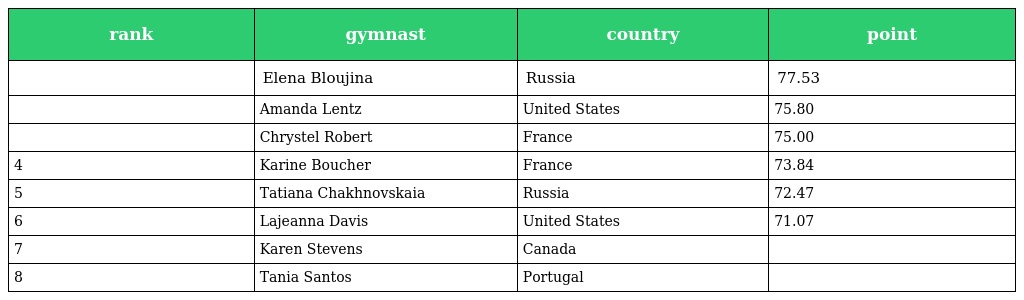
| rank | gymnast | country | point |
 | --- | --- | --- | --- |
 |  | Elena Bloujina | Russia | 77.53 |
 |  | Amanda Lentz | United States | 75.80 |
 |  | Chrystel Robert | France | 75.00 |
 | 4 | Karine Boucher | France | 73.84 |
 | 5 | Tatiana Chakhnovskaia | Russia | 72.47 |
 | 6 | Lajeanna Davis | United States | 71.07 |
 | 7 | Karen Stevens | Canada |  |
 | 8 | Tania Santos | Portugal |  |